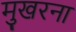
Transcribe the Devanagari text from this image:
मुखरना